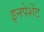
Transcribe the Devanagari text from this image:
इनपेशेंट